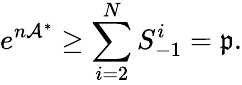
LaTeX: e^{n\mathcal{A}^{\ast}}\geq\sum_{i=2}^{N}S_{-1}^{i}=\mathfrak{p}.